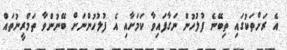
އެ ރަށްތަކުގައި ތިބޭނެ ފުލުހުން ނަގާފައިވާ ކަމަށާއި އެ ފުލުހުންނަށް ބޭނުންވާ ތަމްރީނުތައް